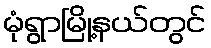
မုံရွာမြို့နယ်တွင်